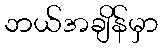
ဘယ်အချိန်မှာ